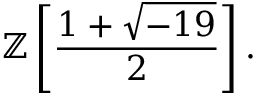
\mathbb { Z } \left[ { \frac { 1 + { \sqrt { - 1 9 } } } { 2 } } \right] .